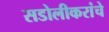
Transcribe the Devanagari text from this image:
सडोलीकरांचे